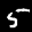
Label: 5